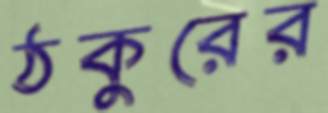
ঠকুরের